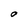
Character: O